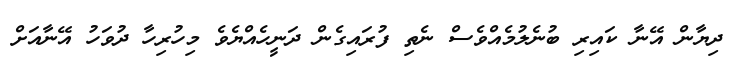
ދިޔާން އޭނާ ކައިރި ބުނެލުމެއްވެސް ނެތި ފުރައިގެން ދަނީހެއްޔެވެ މިހުރިހާ ދުވަހު އޭނާއަށް